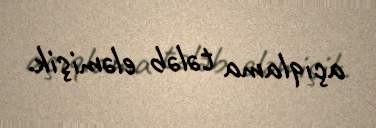
açıqlama tələb eləmişik.